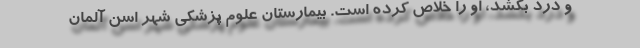
و درد بکشد، او را خلاص کرده است. بیمارستان علوم پزشکی شهر اسن آلمان